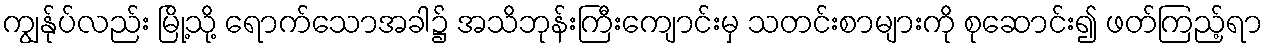
ကျွန်ုပ်လည်း မြို့သို့ ရောက်သောအခါ၌ အသိဘုန်းကြီးကျောင်းမှ သတင်းစာများကို စုဆောင်း၍ ဖတ်ကြည့်ရာ